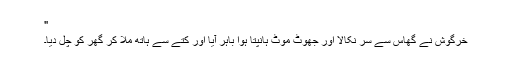
"
خرگوش نے گھاس سے سر نکالا اور جھوٹ موٹ ہانپتا ہوا باہر آیا اور کتّے سے ہاتھ ملا کر گھر کو چل دیا۔